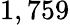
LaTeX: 1,759